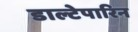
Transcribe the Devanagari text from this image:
डाल्टेपारिन